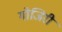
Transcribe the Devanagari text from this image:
गोजिरी